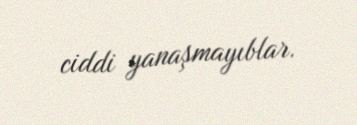
ciddi yanaşmayıblar.